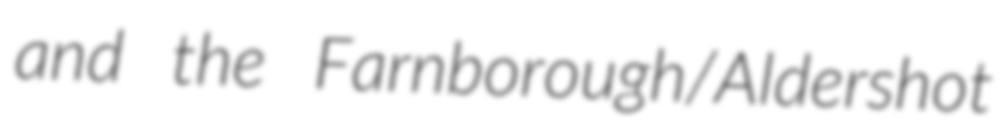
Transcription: and the Farnborough/Aldershot